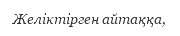
Желіктірген айтаққа,